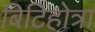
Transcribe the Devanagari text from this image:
बिटिहोत्रा